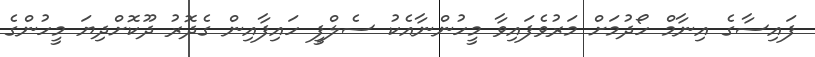
ފައިސާގެ އިނާމް ހޯދުމަށް މަރުވެފައިވާ މީހުންނާއެކު ސެލްފީ ހައިފާއިން ގެދޮރު ދޫކޮށްދިޔަ މީހުންގެ